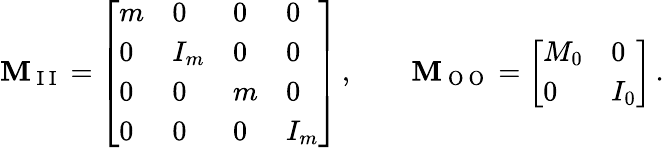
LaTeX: \mathbf{M}_{\mathrm{~I~I~}}=\left[\begin{array}{llll}{m}&{0}&{0}&{0}\\ {0}&{I_{m}}&{0}&{0}\\ {0}&{0}&{m}&{0}\\ {0}&{0}&{0}&{I_{m}}\end{array}\right]\, ,\qquad\mathbf{M}_{\mathrm{~O~O~}}=\left[\begin{array}{ll}{M_{0}}&{0}\\ {0}&{I_{0}}\end{array}\right]\, .